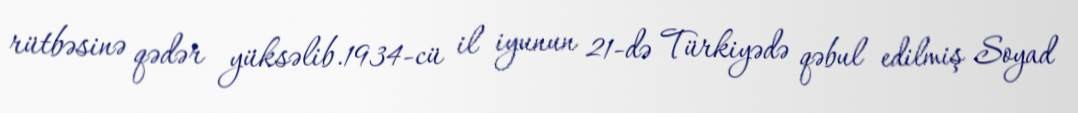
rütbəsinə qədər yüksəlib.1934-cü il iyunun 21-də Türkiyədə qəbul edilmiş Soyad